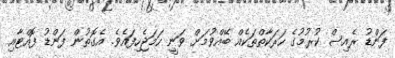
ފަންޑު ރެއިސް ކުރުމުގެ ހަރަކާތްތަކެއް ބޭއްވުމަށް ވަނީ ހަމަޖެހިފައެެވެ. އެގޮތުން ފަންޑު ފޮއްޓާއި